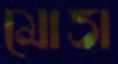
মোত্তা